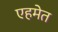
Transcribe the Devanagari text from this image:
एहमेत